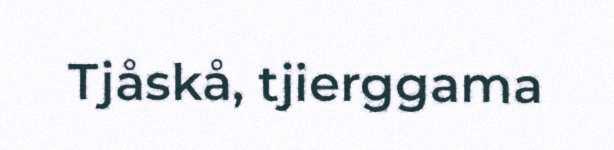
Tjåskå, tjierggama